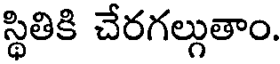
స్థితికి చేరగల్గుతాం.